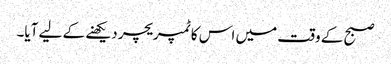
صبح کے وقت میں اس کا ٹمپریچر دیکھنے کے لیے آیا۔